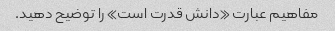
مفاهیم عبارت «دانش قدرت است» را توضیح دهید.